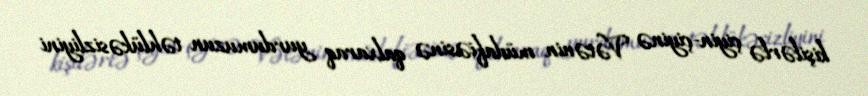
kişilərlə çiyin-çiyinə Vətənin müdafiəsinə qalxaraq yurdumuzun təhlükəsizliyini